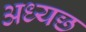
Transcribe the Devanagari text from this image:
अध्यछ